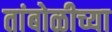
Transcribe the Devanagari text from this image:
तांबोळीच्या